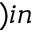
) i n